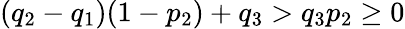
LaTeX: (q_{2}-q_{1})(1-p_{2})+q_{3}>q_{3}p_{2}\geq 0